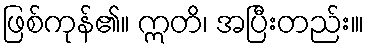
ဖြစ်ကုန်၏။ ဣတိ၊ အပြီးတည်း။၊